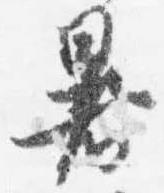
暑